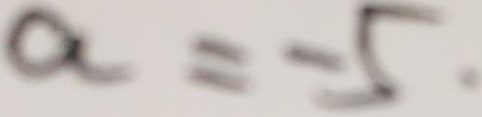
a = - 5 .